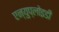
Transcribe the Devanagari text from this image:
एन्युप्लोइडी